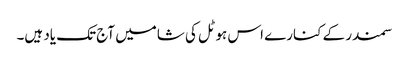
سمندر کے کنارے اس ہوٹل کی شامیں آج تک یاد ہیں۔